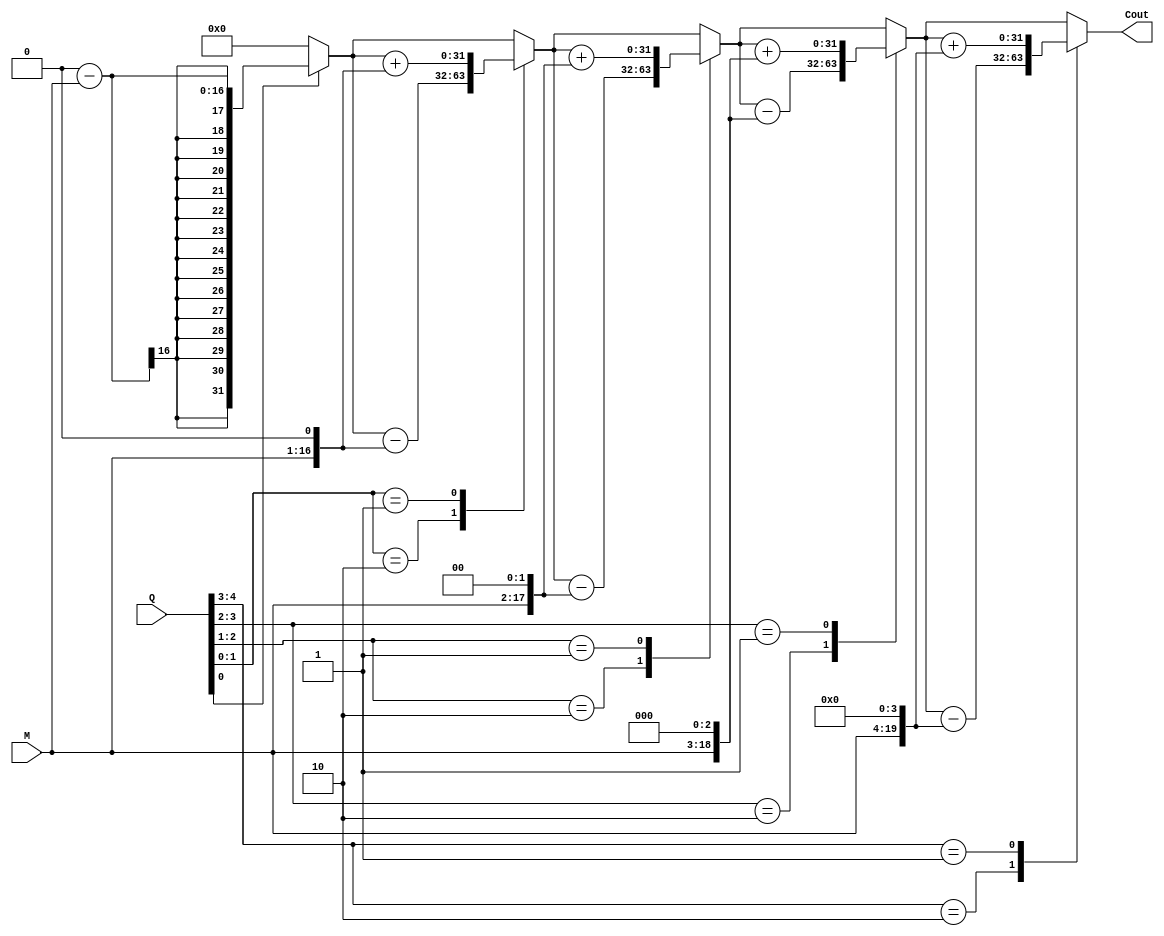
module booth_mul(M,Q,Cout);
                 
input [15:0] M,Q;
output [31:0] Cout;
reg[31:0] Cout,rM;
reg[14:0] n;
reg[15:0] rQ;
reg C;

always @(M or Q)
   begin
       {rQ,C}={Q,1'b0};
        rM={4'b0000,M};
        Cout=8'b0;
        
  for(n=0;n<3'b101;n=n+1)
       begin
          case({rQ[0],C})
              2'b10: Cout=Cout-rM;
              2'b01: Cout=Cout+rM;
              default: Cout=Cout;
      endcase
            {rQ,C}={rQ,C}>>1;
            rM=rM<<1;
        end
    end
endmodule